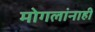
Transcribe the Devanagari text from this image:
मोगलांनाही